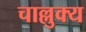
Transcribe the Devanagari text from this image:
चाल्लुक्य